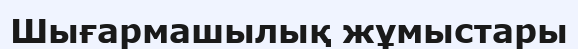
Шығармашылық жұмыстары